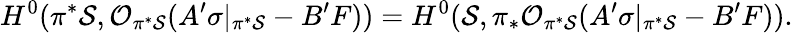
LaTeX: H^{0}(\pi^{*}{\cal S},{\cal O}_{\pi^{*}{\cal S}}(A^{\prime}\sigma|_{\pi^{*}{\cal S}}-B^{\prime}F))=H^{0}({\cal S},\pi_{*}{\cal O}_{\pi^{*}{\cal S}}(A^{\prime}\sigma|_{\pi^{*}{\cal S}}-B^{\prime}F)).